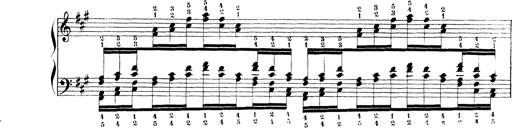
Title: Technische Studien
Composer: Franz Liszt